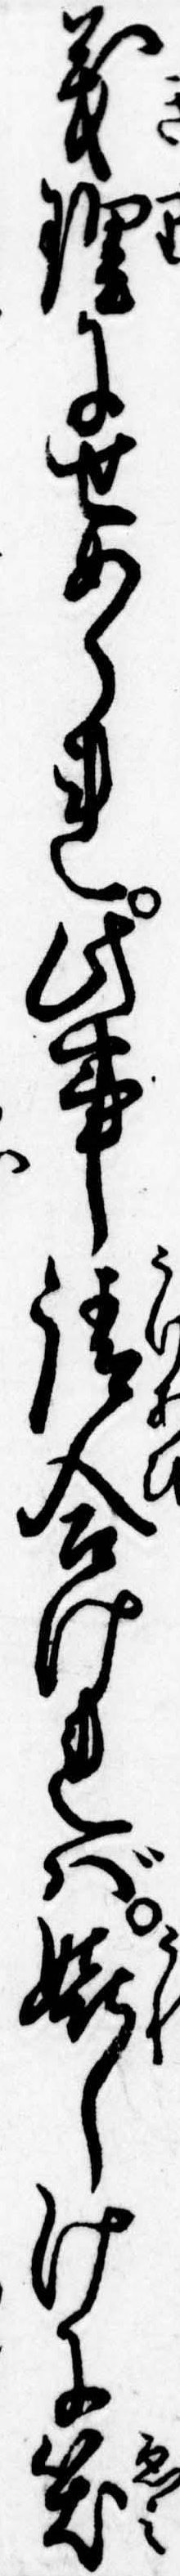
義理にせめられ此事請合ければ嬉しけに笑